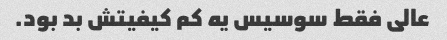
عالی فقط سوسیس یه کم کیفیتش بد بود.